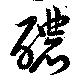
醲